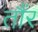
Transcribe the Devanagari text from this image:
तौंर